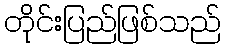
တိုင်းပြည်ဖြစ်သည်